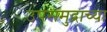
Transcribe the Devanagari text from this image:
उपसमुद्राच्या